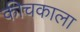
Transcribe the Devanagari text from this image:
कीचकाला